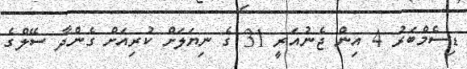
ޑިސެމްބަރު 4 އިން ޖެނުއަރީ 31 ގެ ނިޔަލަށް ކުރިއަށް ގެންދާ ސޭލްގެ